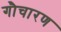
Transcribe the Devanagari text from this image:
गौचारण